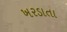
ખરડાતા